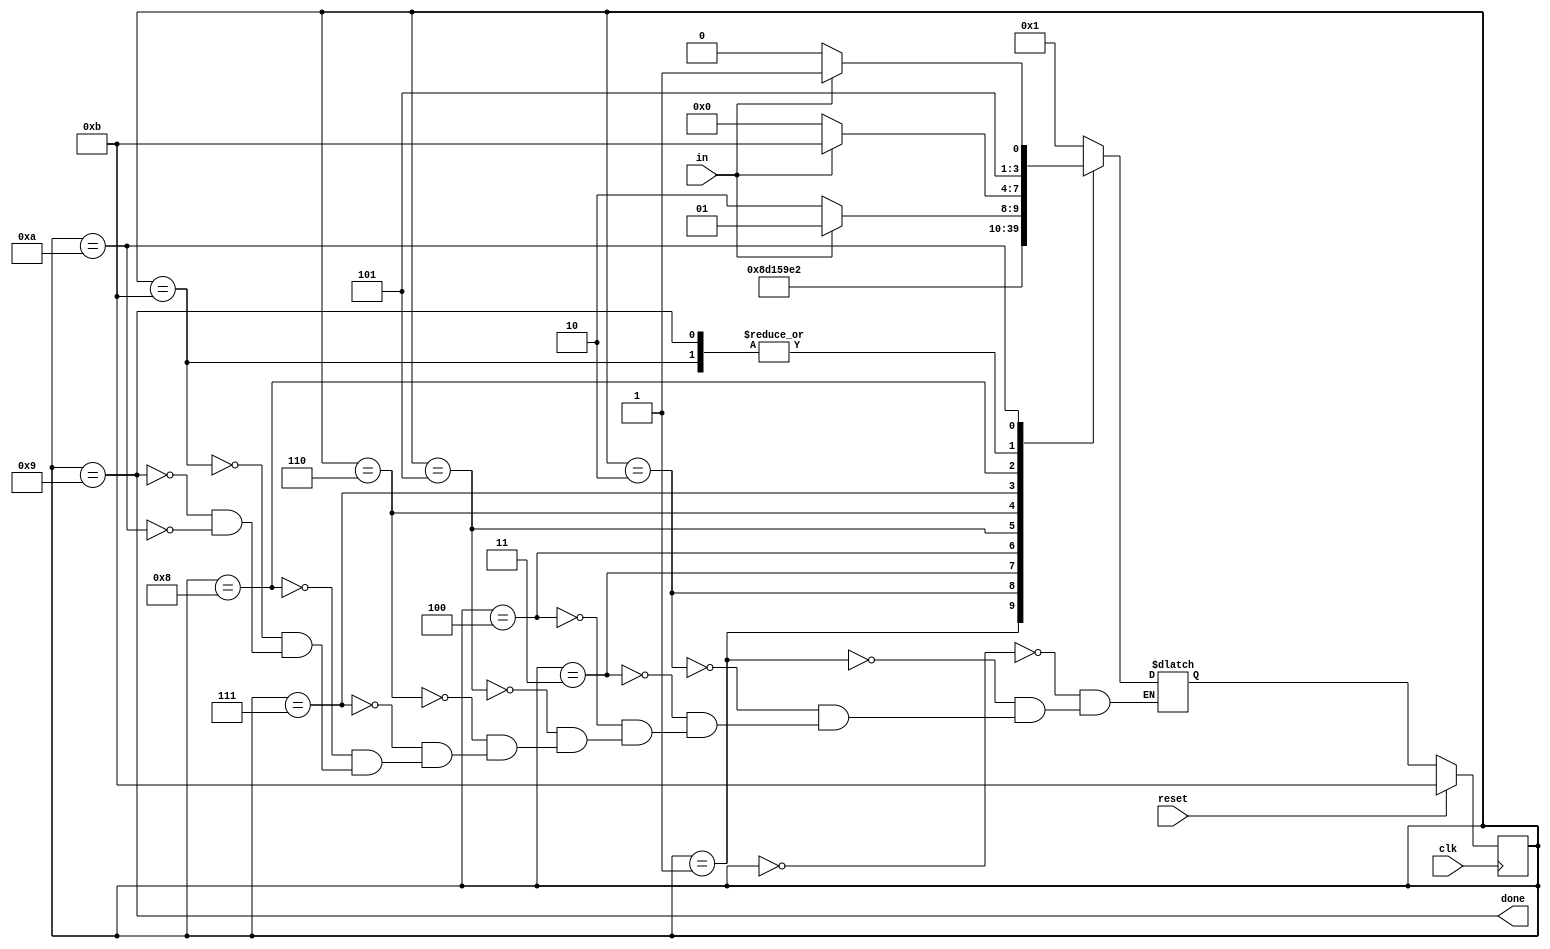
module top_module(
    input clk,
    input in,
    input reset,    // Synchronous reset
    output done
); 

    parameter start = 4'd0;     //start
    parameter bit1 = 4'd1;
    parameter bit2 = 4'd2;
    parameter bit3 = 4'd3;
    parameter bit4 = 4'd4;
    parameter bit5 = 4'd5;
    parameter bit6 = 4'd6;
    parameter bit7 = 4'd7;
    parameter bit8 = 4'd8;
    parameter stop = 4'd9; 
    parameter error = 4'd10; 
    parameter idle = 4'd11; 
    reg [3:0] state, next_state;
   
    always @(*) begin
        case(state)
            start:next_state = bit1;
            bit1:next_state = bit2;
            bit2:next_state = bit3;
            bit3:next_state = bit4;
            bit4:next_state = bit5;
            bit5:next_state = bit6;
            bit6:next_state = bit7;
            bit7:next_state = bit8;
            bit8:begin
                if(in) begin
                    next_state = stop;
                end
                else begin
                    next_state = error;
                end
            end
            idle:begin
                if(in) begin
                    next_state = idle;
                end
                else begin
                    next_state = start;
                end
            end
            stop:begin
                if(in) begin
                    next_state = idle;
                end
                else begin
                    next_state = start;
                end
            end
            error:begin
                if(in) begin
                    next_state = idle;
                end
                else begin
                    next_state = error;
                end
            end
        endcase
    end
    
    always @(posedge clk) begin
        if(reset) begin
            state <= idle;
        end
        else begin
            state <= next_state;
        end
    end
   
   assign done = (state == stop);
endmodule